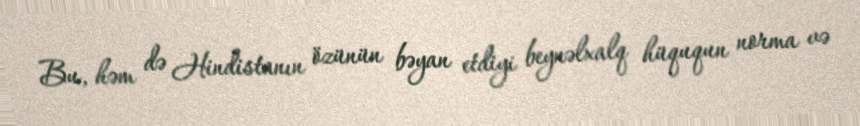
Bu, həm də Hindistanın özünün bəyan etdiyi beynəlxalq hüququn norma və